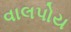
વાલપોય